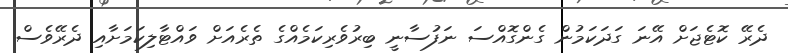
ދެރޭ ކޮޓެޖަށް އޭނަ ގަދަކަމުން ގެންގޮއްސަ ނަފުސާނީ ބިރުވެރިކަމެއްގެ ތެރެއަށް ވައްޓާލިކަމަށާއި ދެރޭވެސް